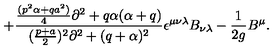
+ { \frac { { \frac { ( p ^ { 2 } \alpha + q a ^ { 2 } ) } { 4 } } \partial ^ { 2 } + q \alpha ( \alpha + q ) } { ( { \frac { p + a } { 2 } } ) ^ { 2 } \partial ^ { 2 } + ( q + \alpha ) ^ { 2 } } } \epsilon ^ { \mu \nu \lambda } B _ { \nu \lambda } - { \frac { 1 } { 2 g } } B ^ { \mu } .